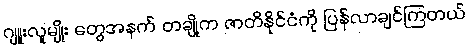
ဂျူးလူမျိုး တွေအနက် တချို့က ဇာတိနိုင်ငံကို ပြန်လာချင်ကြတယ်